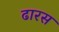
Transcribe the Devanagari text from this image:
ढारस